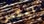
انكسر